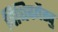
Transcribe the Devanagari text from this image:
विधिवद्यैस्तु